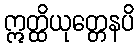
ဣတ္ထိယုတ္တေနပိ